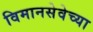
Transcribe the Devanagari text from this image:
विमानसेवेच्या